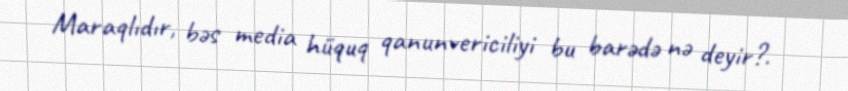
Maraqlıdır, bəs media hüquq qanunvericiliyi bu barədə nə deyir?.